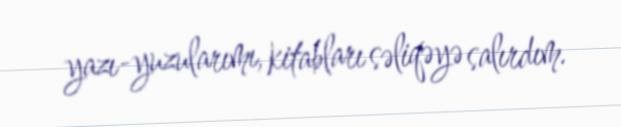
yazı-yuzularımı, kitabları səliqəyə salırdım.